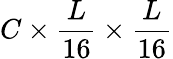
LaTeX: C\times\frac{L}{16}\times\frac{L}{16}